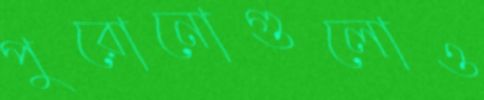
পুরোনোগুলোও